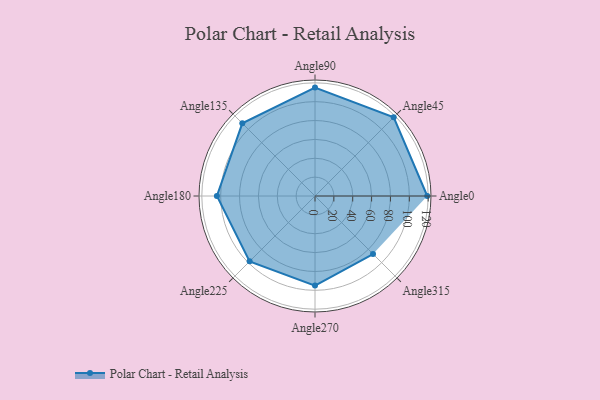
{"axis": {"x": "Angle", "y": "Radius"}, "legend": [""], "data": [{"x": "Angle0", "y": 119.0, "type": ""}, {"x": "Angle45", "y": 118.0, "type": ""}, {"x": "Angle90", "y": 115.0, "type": ""}, {"x": "Angle135", "y": 109.0, "type": ""}, {"x": "Angle180", "y": 104.0, "type": ""}, {"x": "Angle225", "y": 98.0, "type": ""}, {"x": "Angle270", "y": 95.0, "type": ""}, {"x": "Angle315", "y": 87.0, "type": ""}]}